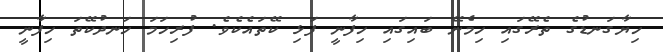
ހިޔާގަނޑުގެ ތެރޭގައި ހިމެނޭ ބައިގައި ހިފާނީ ފަޅި ކޭތައެކެވެ. ފުރިހަމަ ހަނދުކޭތަ ހިފާނީ